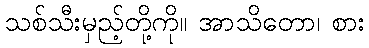
သစ်သီးမှည့်တို့ကို။ အာသိတော၊ စား